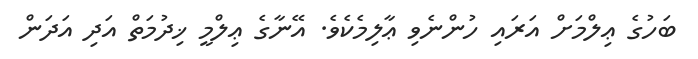
ބަހުގެ ޢިލްމަށް އަރައި ހުންނެވި ޢާލިމެކެވެ. އޭނާގެ ޢިލްމީ ޚިދުމަތް އަދި އަދަން